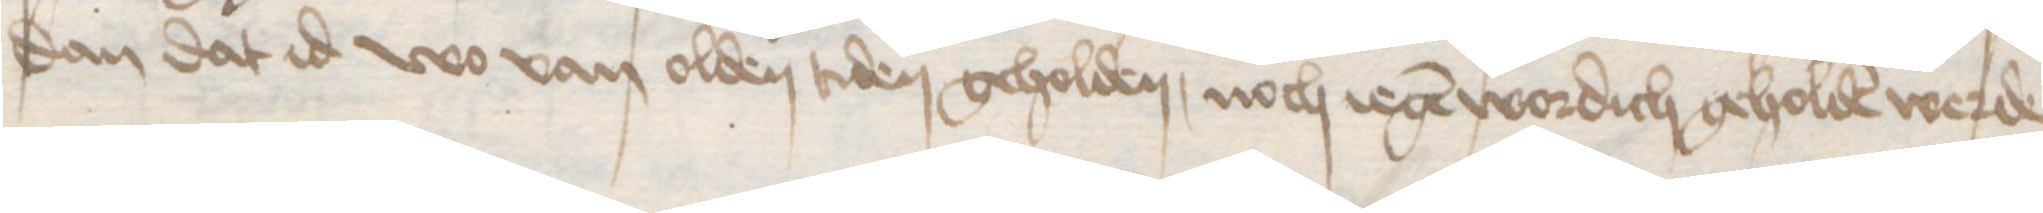
dan dat id wo van olden tiden geholden, noch iegen wordich geholden werde